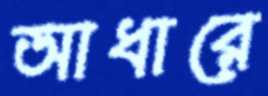
আধারে